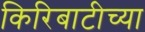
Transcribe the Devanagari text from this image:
किरिबाटीच्या